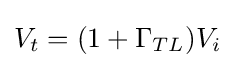
V_{t}=(1+\Gamma _{TL})V_{i}